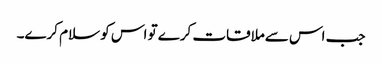
جب اس سےملاقات کرے تو اس کو سلام کرے۔